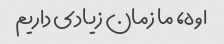
اوه، ما زمان زیادی داریم